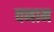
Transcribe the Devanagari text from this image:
वनाम